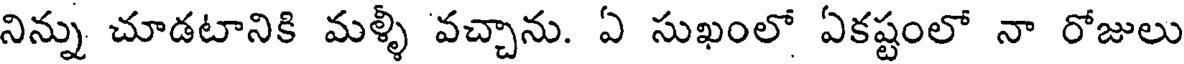
నిన్ను చూడటానికి మళ్ళీ వచ్చాను. ఏ సుఖంలో ఏకష్టంలో నా రోజులు